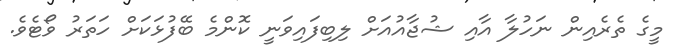
މީގެ ތެރެއިން ނަހުލާ އާއި ޝުޖާއުއަށް ލިބިފައިވަނީ ކޮންމެ ބޭފުޅަކަށް ހަތަރު ވޯޓެވެ.